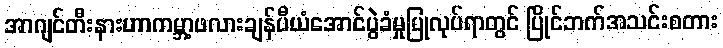
အာဂျင်တီးနားဟာကမ္ဘာ့ဖလားချန်ပီယံအောင်ပွဲခံမှုပြုလုပ်ရာတွင် ပြိုင်ဘက်အသင်းစတား